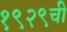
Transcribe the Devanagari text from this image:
१९२९ची